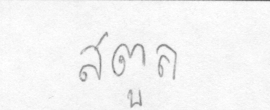
สตูล